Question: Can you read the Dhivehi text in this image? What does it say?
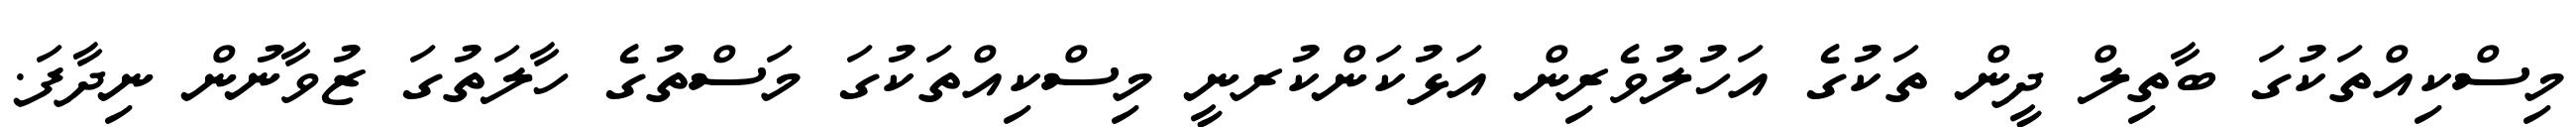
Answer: މިސްކިއްތަކުގަ ބާތިލް ދީން ތަކުގެ އަހުލުވެރިން އަޅުކަންކުރނީ މިސްކިއްތަކުގަ މަސްތުގެ ހާލަތުގަ ޒުވާނުން ނިދާފަ.